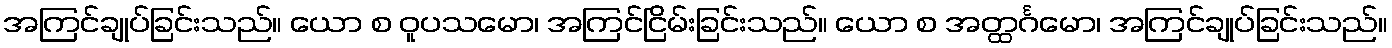
အကြင်ချုပ်ခြင်းသည်။ ယော စ ဝူပသမော၊ အကြင်ငြိမ်းခြင်းသည်။ ယော စ အတ္ထင်္ဂမော၊ အကြင်ချုပ်ခြင်းသည်။